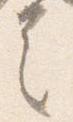
言